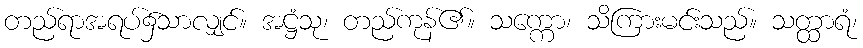
တည်ရာအရပ်၌သာလျှင်။ အဋ္ဌံသု၊ တည်ကုန်၏။ သက္ကော၊ သိကြားမင်းသည်။ သတ္ထာရံ၊